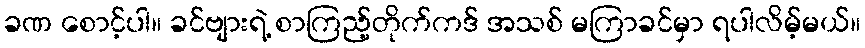
ခဏ စောင့်ပါ။ ခင်ဗျားရဲ့ စာကြည့်တိုက်ကဒ် အသစ် မကြာခင်မှာ ရပါလိမ့်မယ်။